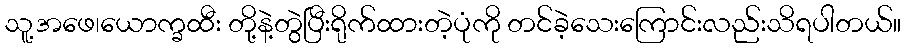
သူ့အဖေ၊ယောက္ခထီး တို့နဲ့တွဲပြီးရိုက်ထားတဲ့ပုံကို တင်ခဲ့သေးကြောင်းလည်းသိရပါတယ်။